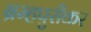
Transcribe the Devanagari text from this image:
ब्रम्हपुरीकर